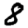
Digit: 8